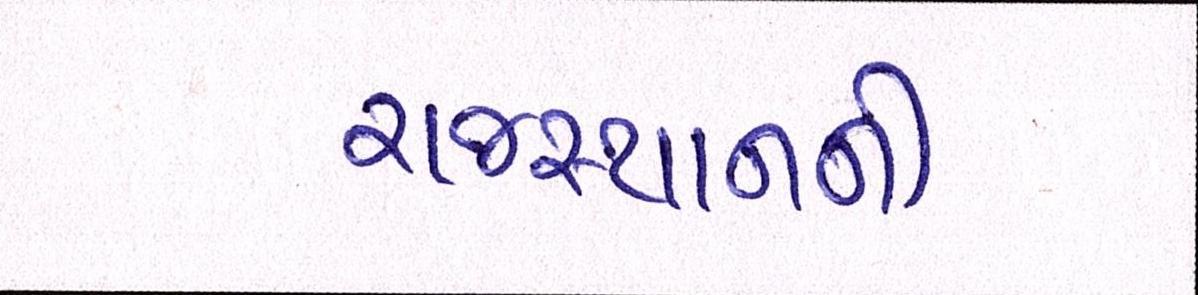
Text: રાજસ્થાનની